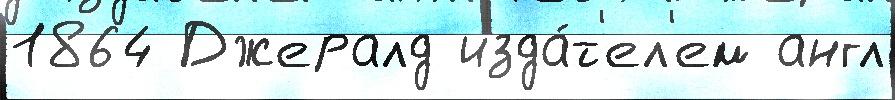
1864 Джералд изда́т'ел'ем англ